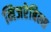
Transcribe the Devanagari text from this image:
मिजरेबिल्स